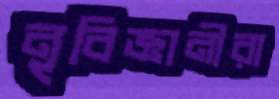
নৃবিজ্ঞানীরা